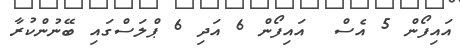
އައިފޯން 5 އެސް  އައިފޯން 6 އަދި 6 ޕްލަސްގައި ބޭނުންކުރާ